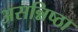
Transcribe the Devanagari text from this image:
असन्निष्ठा